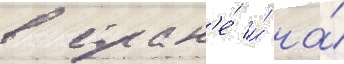
в стран'е́ и́ на́